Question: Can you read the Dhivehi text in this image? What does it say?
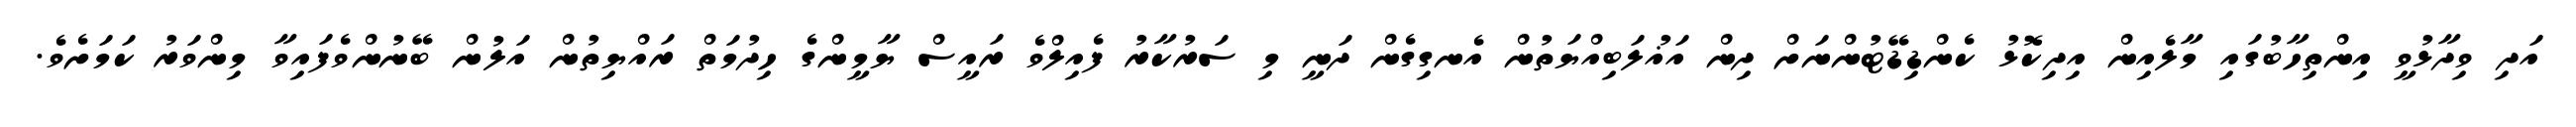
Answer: އަދި ވިދާޅުވީ އިންތިހާބުގައި މާލެއިން އިދިކޮޅު ކެންޑިޑޭޓުންނަށް ދިން އަޣުލަބިއްޔަތުން އެނގިގެން ދަނީ މި ސަރުކާރު ފެއިލްވެ ރައީސް ޔާމީންގެ ހިދުމަތް ރައްޔިތުން އަލުން ބޭނުންވެފައިވާ މިންވަރު ކަމަށެވެ.